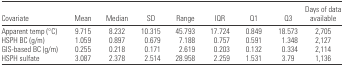
<table><thead><tr><td><b>Covariate</b></td><td><b>Mean</b></td><td><b>Median</b></td><td><b>SD</b></td><td><b>Range</b></td><td><b>IQR</b></td><td><b>Q1</b></td><td><b>Q3</b></td><td><b>Days of data available</b></td></tr></thead><tbody><tr><td>Apparent temp (°C)</td><td>9.715</td><td>8.232</td><td>10.315</td><td>45.793</td><td>17.724</td><td>0.849</td><td>18.573</td><td>2,705</td></tr><tr><td>HSPH BC (g/m)</td><td>1.059</td><td>0.897</td><td>0.679</td><td>7.188</td><td>0.757</td><td>0.591</td><td>1.348</td><td>2,127</td></tr><tr><td>GIS-based BC (g/m)</td><td>0.255</td><td>0.218</td><td>0.171</td><td>2.619</td><td>0.203</td><td>0.132</td><td>0.334</td><td>2,114</td></tr><tr><td>HSPH sulfate</td><td>3.087</td><td>2.378</td><td>2.514</td><td>28.958</td><td>2.259</td><td>1.531</td><td>3.79</td><td>1,136</td></tr></tbody></table>